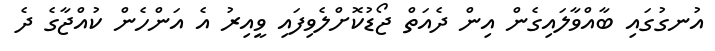
އުނގުގައި ބާއްވާލައިގެން އިން ދެއަތް ޖޯޑުކޮށްލެވިފައި ވީއިރު އެ އަންހެން ކުއްޖާގެ ދެ